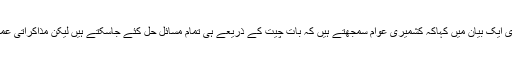
کشمیرمیڈیا سروس کے مطابق فریڈم پارٹی کے سیکریٹری جنرل محمد عبداللہ طاری نے سرینگر میں جاری ایک بیان میں کہاکہ کشمیری عوام سمجھتے ہیں کہ بات چیت کے ذریعے ہی تمام مسائل حل کئے جاسکتے ہیں لیکن مذاکراتی عمل کے کچھ لوازمات ہوتے ہیں جن کا پورا کیا جانا ناگزیر ہوتاہے تاکہ اس عمل کو نتیجہ خیز بنایا جاسکے۔